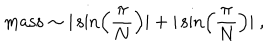
\mathrm { m a s s } \sim | \sin \left( \frac { \pi } { N } \right) | + | \sin \left( \frac { \pi } { N } \right) | ~ ,